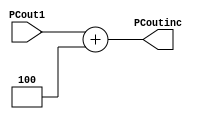
module PCINC (
   input wire [31:0] PCout1,
   output reg [31:0] PCoutinc);
   
always @(*)
   begin
    PCoutinc = PCout1 + 4 ;
   end

endmodule